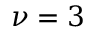
\nu = 3